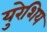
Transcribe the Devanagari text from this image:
युरेशिय